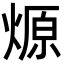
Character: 㷧